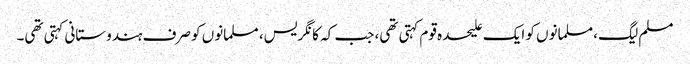
مسلم لیگ، مسلمانوں کو ایک علیحدہ قوم کہتی تھی، جب کہ کانگریس، مسلمانوں کو صرف ہندوستانی کہتی تھی۔